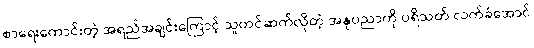
စာရေးကောင်းတဲ့ အရည်အချင်းကြောင့် သူတင်ဆက်လိုတဲ့ အနုပညာကို ပရိသတ် လက်ခံအောင်